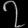
Digit: ၇